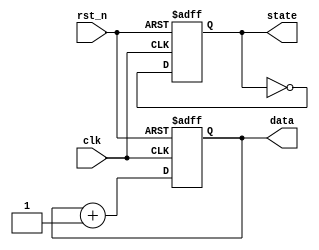
module reset_example (
    input wire clk,          // Clock signal
    input wire rst_n,       // Active-low reset signal
    output reg [7:0] data,  // Example data register
    output reg state        // Example state register
);

// Initial state definition
initial begin
    data = 8'b0;           // Initialize data register to 0
    state = 1'b0;          // Initialize state register to 0
end

// Asynchronous reset behavior
always @(posedge clk or negedge rst_n) begin
    if (!rst_n) begin
        // Behavior on reset
        data <= 8'b0;      // Clear data register
        state <= 1'b0;     // Set state register to initial state
    end else begin
        // Normal operation (example behavior)
        data <= data + 1;  // Increment data register
        state <= ~state;    // Toggle state register
    end
end

endmodule